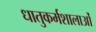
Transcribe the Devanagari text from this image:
धातुकर्मशालाओं